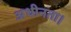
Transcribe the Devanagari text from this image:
अधीनता।